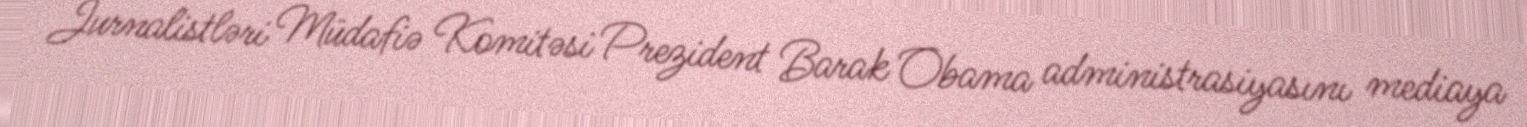
Jurnalistləri Müdafiə Komitəsi Prezident Barak Obama administrasiyasını mediaya